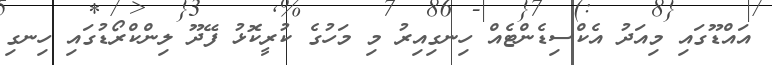
އައްޑޫގައި މިއަދު އެކްސިޑެންޓެއް ހިނގިއިރު މި މަހުގެ ކުރީކޮޅު ފޭދޫ ލިންކްރޯޑުގައި ހިނގި